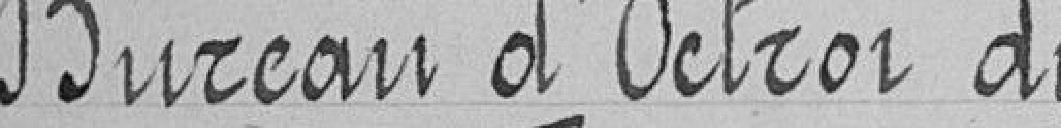
Bureau d'Octroi du